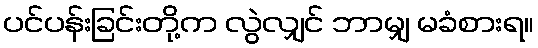
ပင်ပန်းခြင်းတို့က လွဲလျှင် ဘာမျှ မခံစားရ။